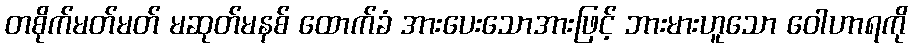
တစိုက်မတ်မတ် မဆုတ်မနစ် ထောက်ခံ အားပေးသောအားဖြင့် ဘားမားဟူသော ဝေါဟာရကို